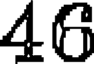
46